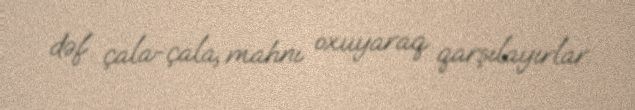
dəf çala-çala, mahnı oxuyaraq qarşılayırlar.